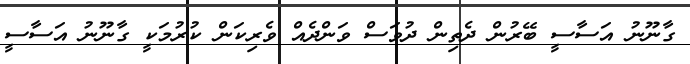
ގާނޫނު އަސާސީ ބޭރުން ދެތިން ދުވަސް ވަންދެއް ވެރިކަން ކުރުމަކީ ގާނޫނު އަސާސީ